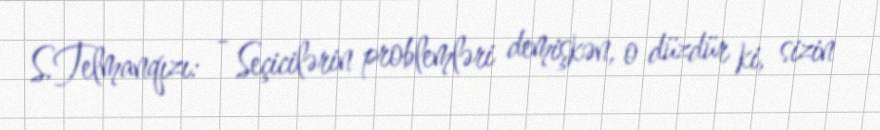
S.Telmanqızı: - Seçicilərin problemləri demişkən, o düzdür ki, sizin